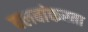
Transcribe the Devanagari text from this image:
क्लबांकरता